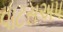
વાટસઅપ